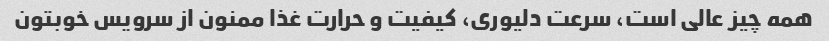
همه چیز عالی است، سرعت دلیوری، کیفیت و حرارت غذا ممنون از سرویس خوبتون